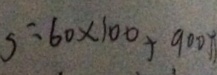
S = 6 0 \times 1 0 0 + 9 0 0 \pi